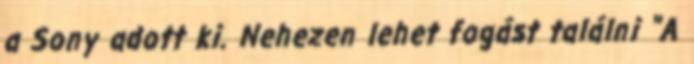
a Sony adott ki. Nehezen lehet fogást találni "A